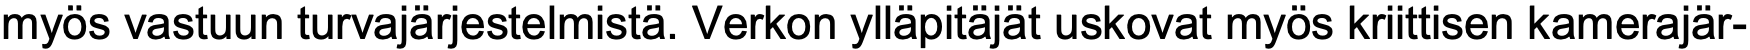
myös vastuun turvajärjestelmistä. Verkon ylläpitäjät uskovat myös kriittisen kamerajär-